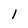
Character: l